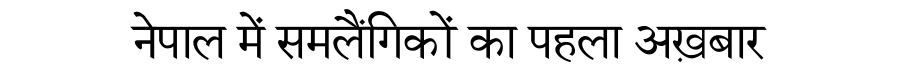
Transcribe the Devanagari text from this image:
नेपाल में समलैंगिकों का पहला अख़बार